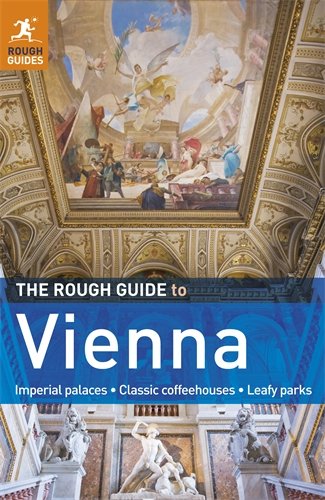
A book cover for The Rough Guide to Vienna; Rob Humphreys; Travel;